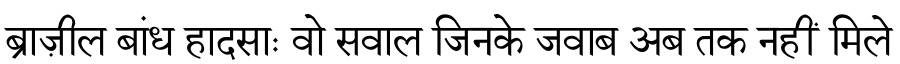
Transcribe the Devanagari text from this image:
ब्राज़ील बांध हादसाः वो सवाल जिनके जवाब अब तक नहीं मिले